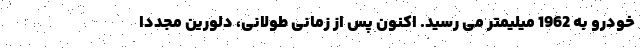
خودرو به 1962 میلیمتر می رسید. اکنون پس از زمانی طولانی، دلورین مجددا